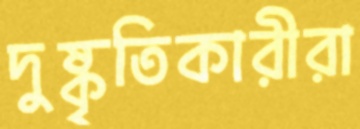
দুষ্কৃতিকারীরা